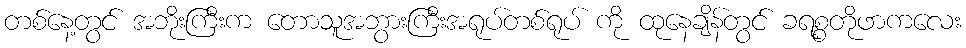
တစ်နေ့တွင် အဘိုးကြီးက တောသူအဘွားကြီးအရုပ်တစ်ရုပ် ကို ထုနေချိန်တွင် ခရစ္စတိုဖာကလေး